Indian journal of veterinary science and animal husbandry - Volume 11,
Year: 1941
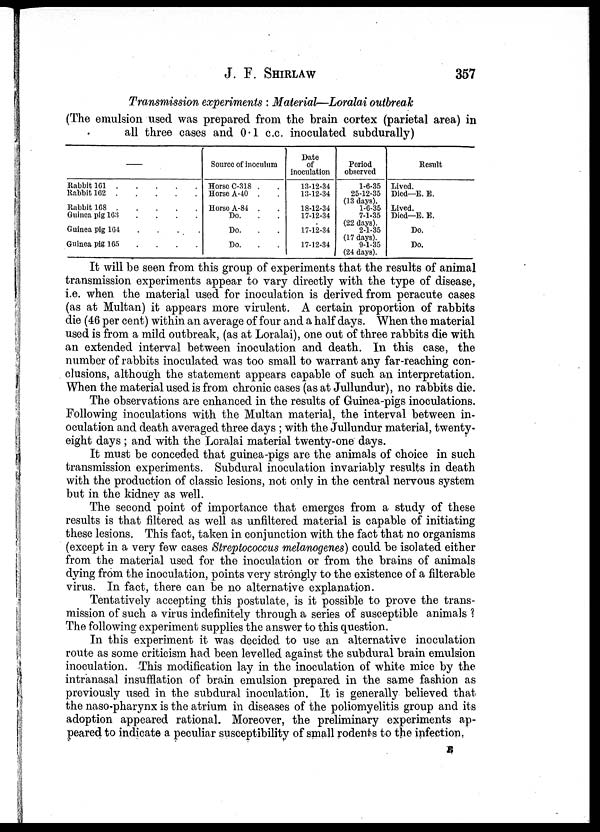
J. F. SHIRLAW 357
Transmission experiments : Material—Loralai outbreak
(The emulsion used was prepared from the brain cortex (parietal area) in
all three cases and 0.1 c.c. inoculated subdurally)
—
Rabbit 161 . . . . . .
Rabbit 162 . . . . . .
Rabbit 168 . . . . . .
Guinea pig 163 . . . . . .
Guinea pig 164 . . . . . .
Guinea pig 165 . . . . . .
Source of inoculum
Horse C-318 . .
Horse A-40 . .
Horse A-84 . .
Do. . .
Do. . .
Do. . .
Date
of
inoculation
13-12-34
13-12-34
18-12-34
17-12-34
17-12-34
17-12-34
Period
observed
1-6-35
25-12-35
1-6-35
7-1-35
2-1-35
(17 days).
9-1-35
(24 days).
Result
Lived.
Died—E. E.
Lived.
Died—E. E.
Do.
Do.
It will be seen from this group of experiments that the results of animal
transmission experiments appear to vary directly with the type of disease,
i.e. when the material used for inoculation is derived from peracute cases
(as at Multan) it appears more virulent. A certain proportion of rabbits
die (46 per cent) within an average of four and a half days. When the material
used is from a mild outbreak, (as at Loralai), one out of three rabbits die with
an extended interval between inoculation and death. In this case, the
number of rabbits inoculated was too small to warrant any far-reaching con-
clusions, although the statement appears capable of such an interpretation.
When the material used is from chronic cases (as at Jullundur), no rabbits die.
The observations are enhanced in the results of Guinea-pigs inoculations.
Following inoculations with the Multan material, the interval between in-
oculation and death averaged three days ; with the Jullundur material, twenty-
eight days ; and with the Loralai material twenty-one days.
It must be conceded that guinea-pigs are the animals of choice in such
transmission experiments. Subdural inoculation invariably results in death
with the production of classic lesions, not only in the central nervous system
but in the kidney as well.
The second point of importance that emerges from a study of these
results is that filtered as well as unfiltered material is capable of initiating
these lesions. This fact, taken in conjunction with the fact that no organisms
(except in a very few cases Streptococcus melanogenes) could be isolated either
from the material used for the inoculation or from the brains of animals
dying from the inoculation, points very strongly to the existence of a filterable
virus. In fact, there can be no alternative explanation.
Tentatively accepting this postulate, is it possible to prove the trans-
mission of such a virus indefinitely through a series of susceptible animals ?
The following experiment supplies the answer to this question.
In this experiment it was decided to use an alternative inoculation
route as some criticism had been levelled against the subdural brain emulsion
inoculation. This modification lay in the inoculation of white mice by the
intranasal insufflation of brain emulsion prepared in the same fashion as
previously used in the subdural inoculation. It is generally believed that
the naso-pharynx is the atrium in diseases of the poliomyelitis group and its
adoption appeared rational. Moreover, the preliminary experiments ap-
peared to indicate a peculiar susceptibility of small rodents to the infection.
E